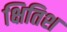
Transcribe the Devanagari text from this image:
क्षितिश